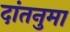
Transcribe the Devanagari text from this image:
दांतनुमा